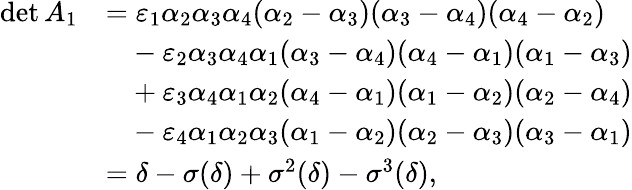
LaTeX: \begin{array}{rl}{\operatorname*{det}A_{1}}&{=\varepsilon_{1}\alpha_{2}\alpha_{3}\alpha_{4}(\alpha_{2}-\alpha_{3})(\alpha_{3}-\alpha_{4})(\alpha_{4}-\alpha_{2})}\\ &{\phantom{=}-\varepsilon_{2}\alpha_{3}\alpha_{4}\alpha_{1}(\alpha_{3}-\alpha_{4})(\alpha_{4}-\alpha_{1})(\alpha_{1}-\alpha_{3})}\\ &{\phantom{=}+\varepsilon_{3}\alpha_{4}\alpha_{1}\alpha_{2}(\alpha_{4}-\alpha_{1})(\alpha_{1}-\alpha_{2})(\alpha_{2}-\alpha_{4})}\\ &{\phantom{=}-\varepsilon_{4}\alpha_{1}\alpha_{2}\alpha_{3}(\alpha_{1}-\alpha_{2})(\alpha_{2}-\alpha_{3})(\alpha_{3}-\alpha_{1})}\\ &{=\delta-\sigma(\delta)+\sigma^{2}(\delta)-\sigma^{3}(\delta),}\end{array}